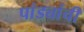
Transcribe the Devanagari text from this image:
पांड्यांची